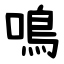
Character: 鳴